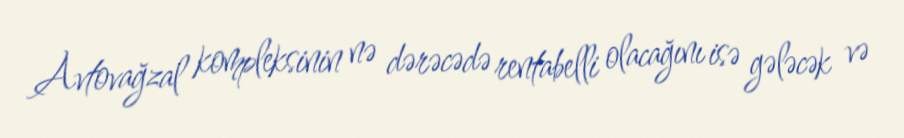
Avtovağzal kompleksinin nə dərəcədə rentabelli olacağını isə gələcək və